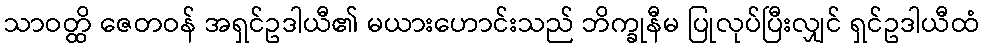
သာဝတ္ထိ ဇေတဝန် အရှင်ဥဒါယီ၏ မယားဟောင်းသည် ဘိက္ခုနီမ ပြုလုပ်ပြီးလျှင် ရှင်ဥဒါယီထံ